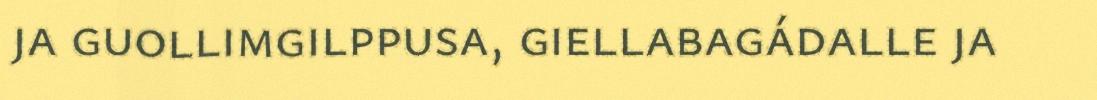
ja guollimgilppusa, giellabagádalle ja